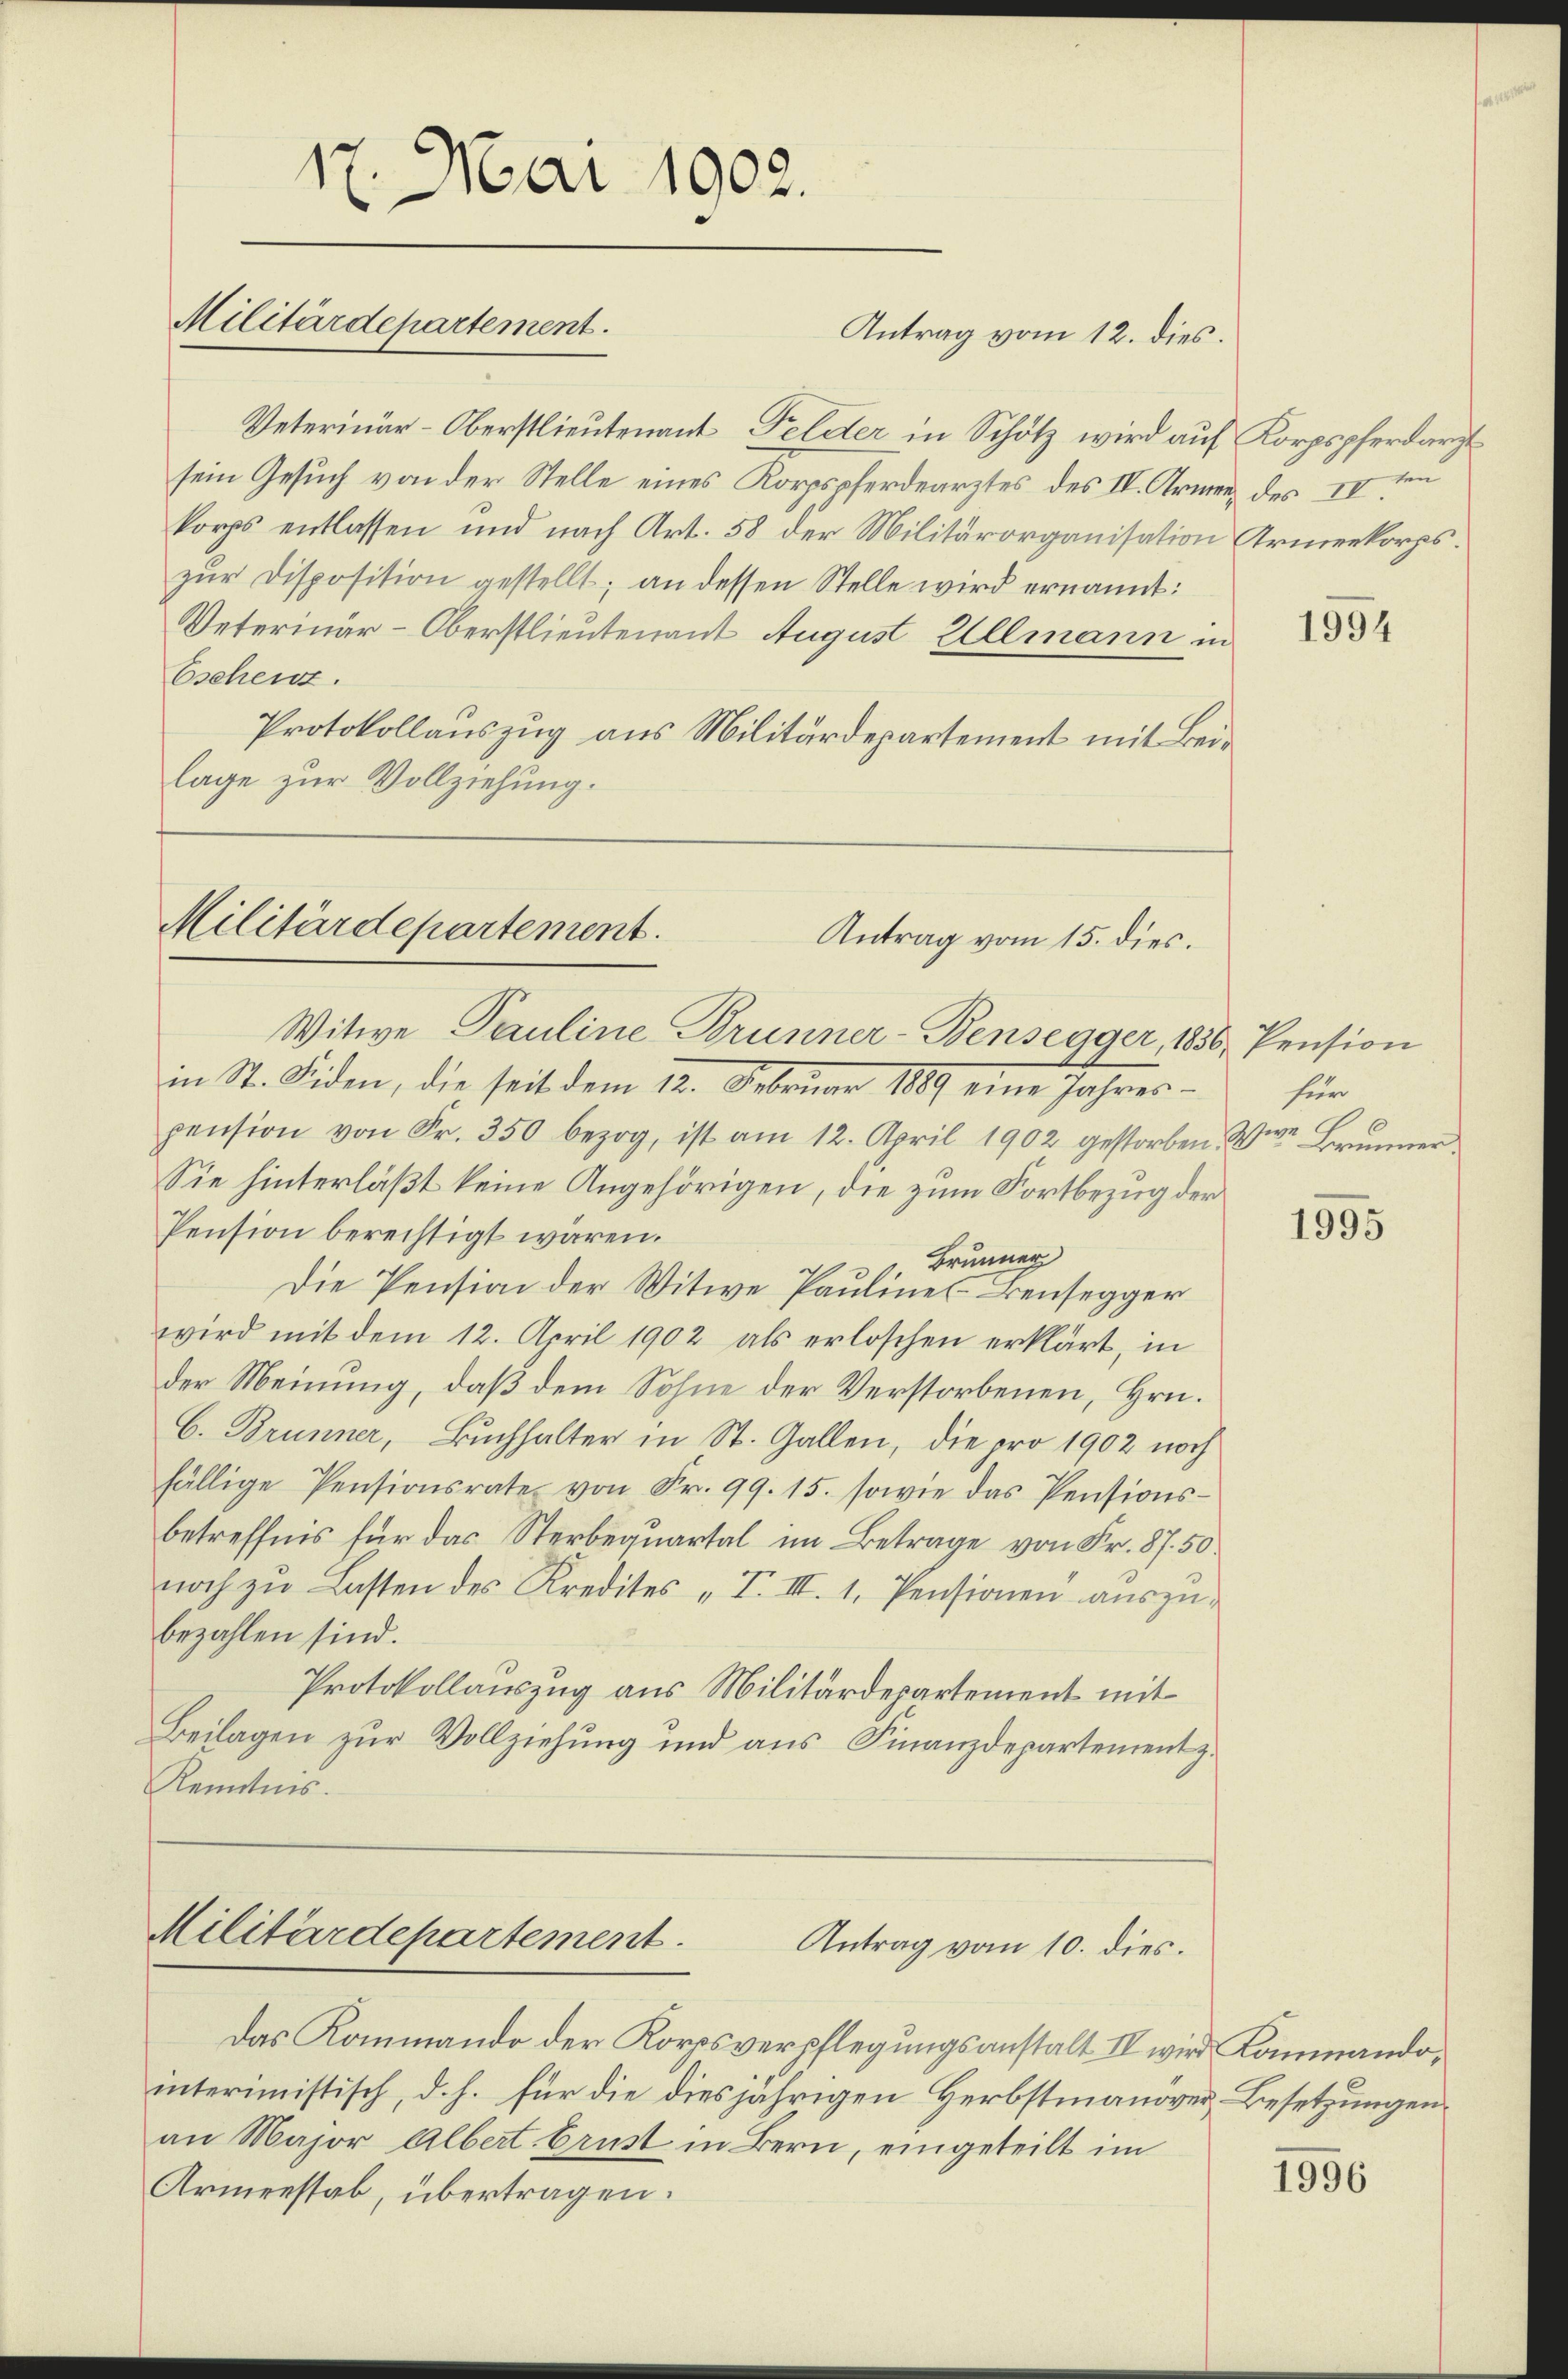
.
17. Mai 1902.

Militärdepartement.

Veterinär-Oberstlieutenant Felder in Schölz wird auf Korpspferdarzt
sein Gesuch von der Stelle eines Korpspferdearztes des IV. Armen des IV den
korps entlassen und nach Art. 58 der Militärorganisation Armenkorps.
zŭr Disposition gestellt; an dessen Stelle wird ernannt:
Veterinär-Oberstlieutenant August Allmann in
Eschen.
Protokollauszug aus Militärdepartement mit Beilage zur Vollziehung.

Antrag vom 12. dies.

Militärdepartement
Antrag vom 15. dies.
Witwe Pauline Brunner-Bensegger, 1856 Pension

in St. Fiden, die seit dem 12. Februar 1889 eine Jahrespension von Fr. 350 bezog, ist am 12. April 1902 gestorben. Wir Brunner
Sie hinterläßt keine Angehörigen, die zum Fortbezug der
Pension berechtigt wären.
Brunner
Die Pension der Witwe Paulines Bensegger
wird mit dem 12. April 1902 als erloschen erklärt, in
der Meinung, daß dem Sohne der Verstorbenen, Hrn.
C. Brunner, Buchhalter in St. Gallen, die pro 1902 noch
fällige Pensionsrate von Fr. 99. 15. sowie das Pensions-
betreffnis für das Sterbequartal im Betrage von Fr. 87. 50.
noch zŭ Lasten des Kredites „T. III. 1. Pensionen aŭszŭ-
bezahlen sind.
Protokollauszug aus Militärdepartement mit
Beilagen zur Vollziehung und aus Finanzdepartement z.
Kenntnis.

Militärdepartement.
Antrag vom 10. dies

Das Kommando der Korpsverpflegungsanstalt IV wird Kommando,
interimistisch, d. h. für die diesjährigen Herbstmanöver Besetzungen
an Major Albert Brust in Bern, eingeteilt im
Armenstab, übertragen.

1994

für

1995

1956